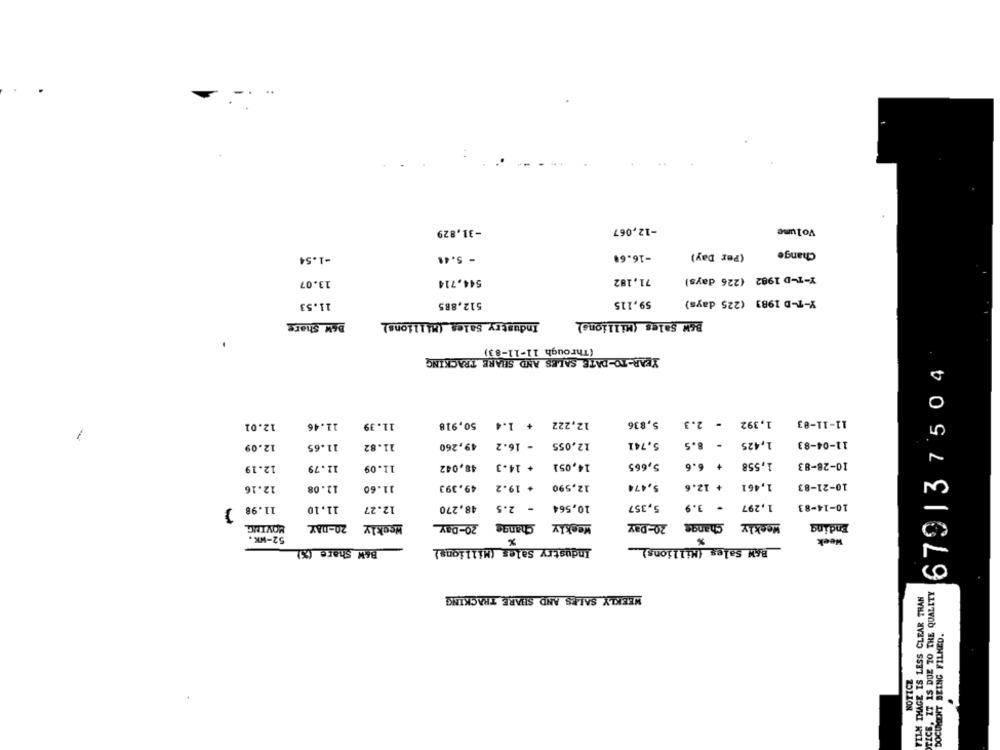
-31,829
-12,067
Volume
-16.68
(Per Day)
Change
=1.54
- 5.41
71,182
Y-T-D 1982 (226 days)
13.07
544,714
Y-T-D 1983 (225 days)
11.53
512,885
59,115
B&W Share
Industry Sales (Millions)
B&W Sales (Millions)
(Through 11-11-83)
YEAR-TO-DATE SALES AND SHARE TRACKING
679137504
11-11-83
12.01
11.46
11.39
50,918
+ 1.4
12,222
5,836
1,392 - 2.3
49,260
- 16.2
12,055
5,741
1,425 - 8.5
11-04-83
12.09
11.65
11.82
12.19
48,042
14,051 + 14.3
5,665
+ 6.6
1,558
10-28-83
11.79
11.09
12.16
11.08
11.60
49,393
+ 19.2
12,590
5,474
+ 12.6
1,461
10-21-83
- 3.9
11.98 }
11.10
12.27
48,270
- 2.5
10,564
5,357
1,297
10-14-83
MOVING
20-DAY
Weekly
20-Day
Change
Weekly
20-Day
Change
Weekly
Ending
52-WK.
%
Week
B&W Share (%)
Industry Sales (Millions)
TICS, IT IS DUE 70 THE QUALITY
WEEKLY SALES AND SHARE TRACKING
FILM IMAGE IS LESS CLEAR THAN
DOCUMENT BEING FILMED.
NOTICE